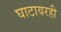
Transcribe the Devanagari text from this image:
घाटावरही